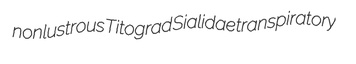
nonlustrous Titograd Sialidae transpiratory